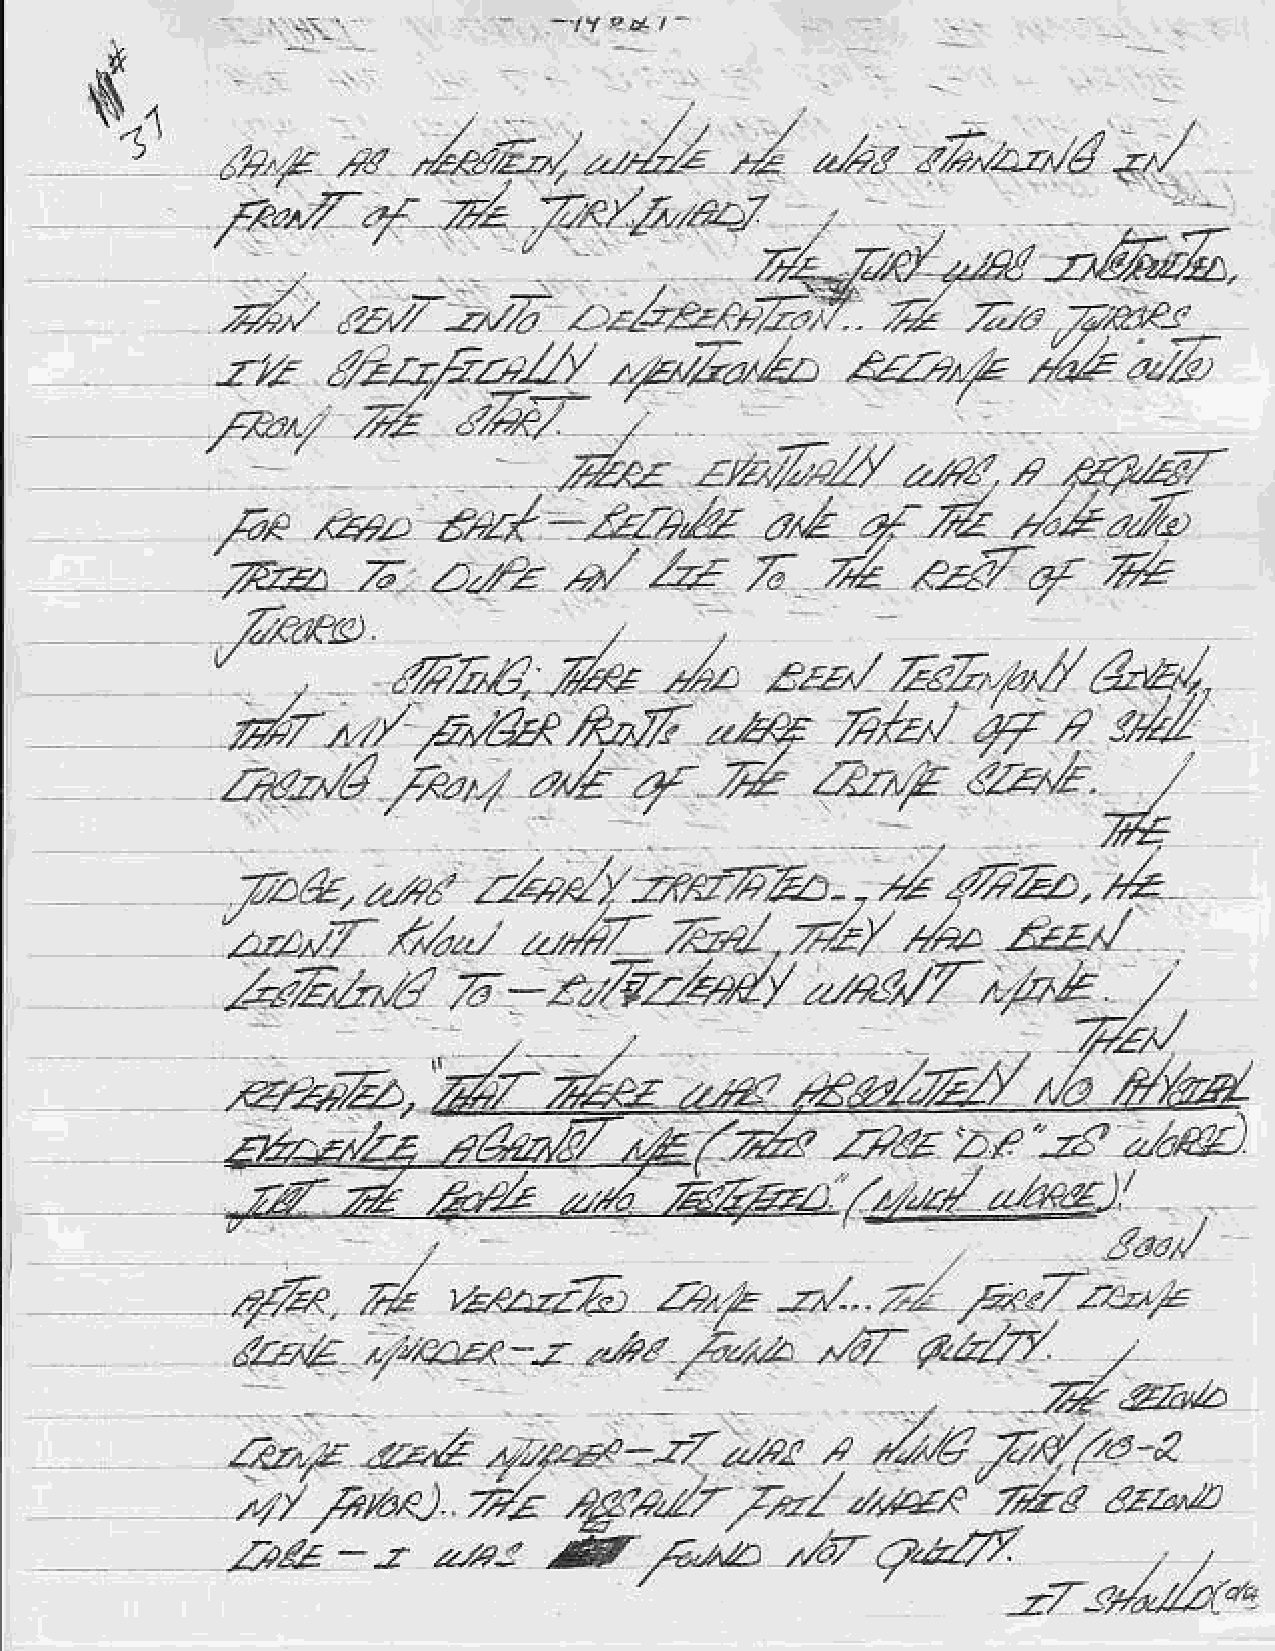
{
 $"1
 /t
 4'r'44
 dqr'/       ./z,arbr                   2/?3                <'/
 a?a             -r1z1E                z
 ,r72
 '         ,/rZ    //r</
 -
 E/a.7.4,-/4             ,@417
 ,rz,e{
 n
 2-Z;^Z'--4                  '9
 .o-,    ro1'                                  )/,2;Z
 ',ry.     i        r't       4/     6    4                 r*
 4/                     ru7o7
 zt
 /at1<119.
 '           ,7r..      V*     ,/*
 zzz'/   F1Z,"JY      d,e/,
 .
 *,"k
 dpr    t               Fafr     _!aq    fr/zn    4.1   a
 .                                                "l/
 4           an4        'lsr,'/t.
 za-z.tl    /*ar.    2.,/r        '4                       *
 *
 7-ak.   non     /.2a1     rrnzr"Az-.,/         ar'-"z..
 ,r,l-             ;Al
 'zzz-,t7   /-az,-t           a"ol            n"r.   zzz^,/
 .
 Z   _2ft2,1,,4/        J,4",/f        vE      ,/
 /-.<Z,A,ri
 ^/aA
 ///Zu
 i/*
 ,/a
 aE      zt.4       .18)
 'Arz,f
 7.
 .              p4'.tasl/
 ;i;zez,
 ffi':g'o'/'
 r/
 .at
 ra            z+.,,L.       r.,1r""Zliil
 a77x.
 q,z0/
 z                      /
 ko,e     )7"a.vx--z     **z   7k                       z-
 ^42
 y'*'4
 1?r.f         d                  ,zrr   4         Fq/o'!
 r.;E    4-l.E     --.7
 azl^z
 2  / /r*a<)    7:,/E  4{,.-1'/tz1       !/,,4!r   .y'rP
 .?Frt           *
 -.                                 @_n/*r/**
 ot-r
 aEL